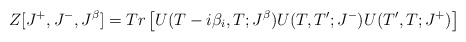
\begin{align*}Z[J^+, J^-, J^{\beta}]= Tr \left[ U(T-i\beta_i,T;J^{\beta})U(T,T';J^-)U(T',T;J^+) \right]\end{align*}